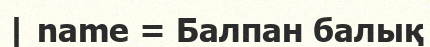
| name = Балпан балық